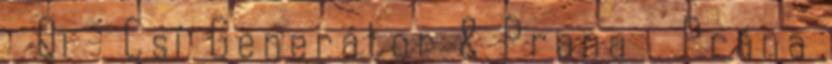
Qi Csí Generátor & Prana Prána